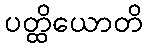
ပတ္ထိယောတိ